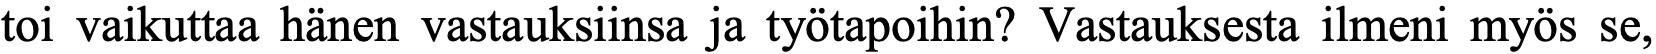
toi vaikuttaa hänen vastauksiinsa ja työtapoihin? Vastauksesta ilmeni myös se,